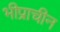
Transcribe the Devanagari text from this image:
भीप्राचीन